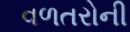
વળતરોની